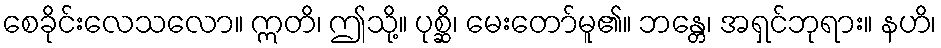
စေခိုင်းလေသလော။ ဣတိ၊ ဤသို့။ ပုစ္ဆိ၊ မေးတော်မူ၏။ ဘန္တေ၊ အရှင်ဘုရား။ နဟိ၊